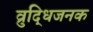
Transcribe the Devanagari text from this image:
व्रुद्धिजनक